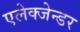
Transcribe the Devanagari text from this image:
एलेक्जेन्डर